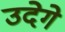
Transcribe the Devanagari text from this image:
उदेगे